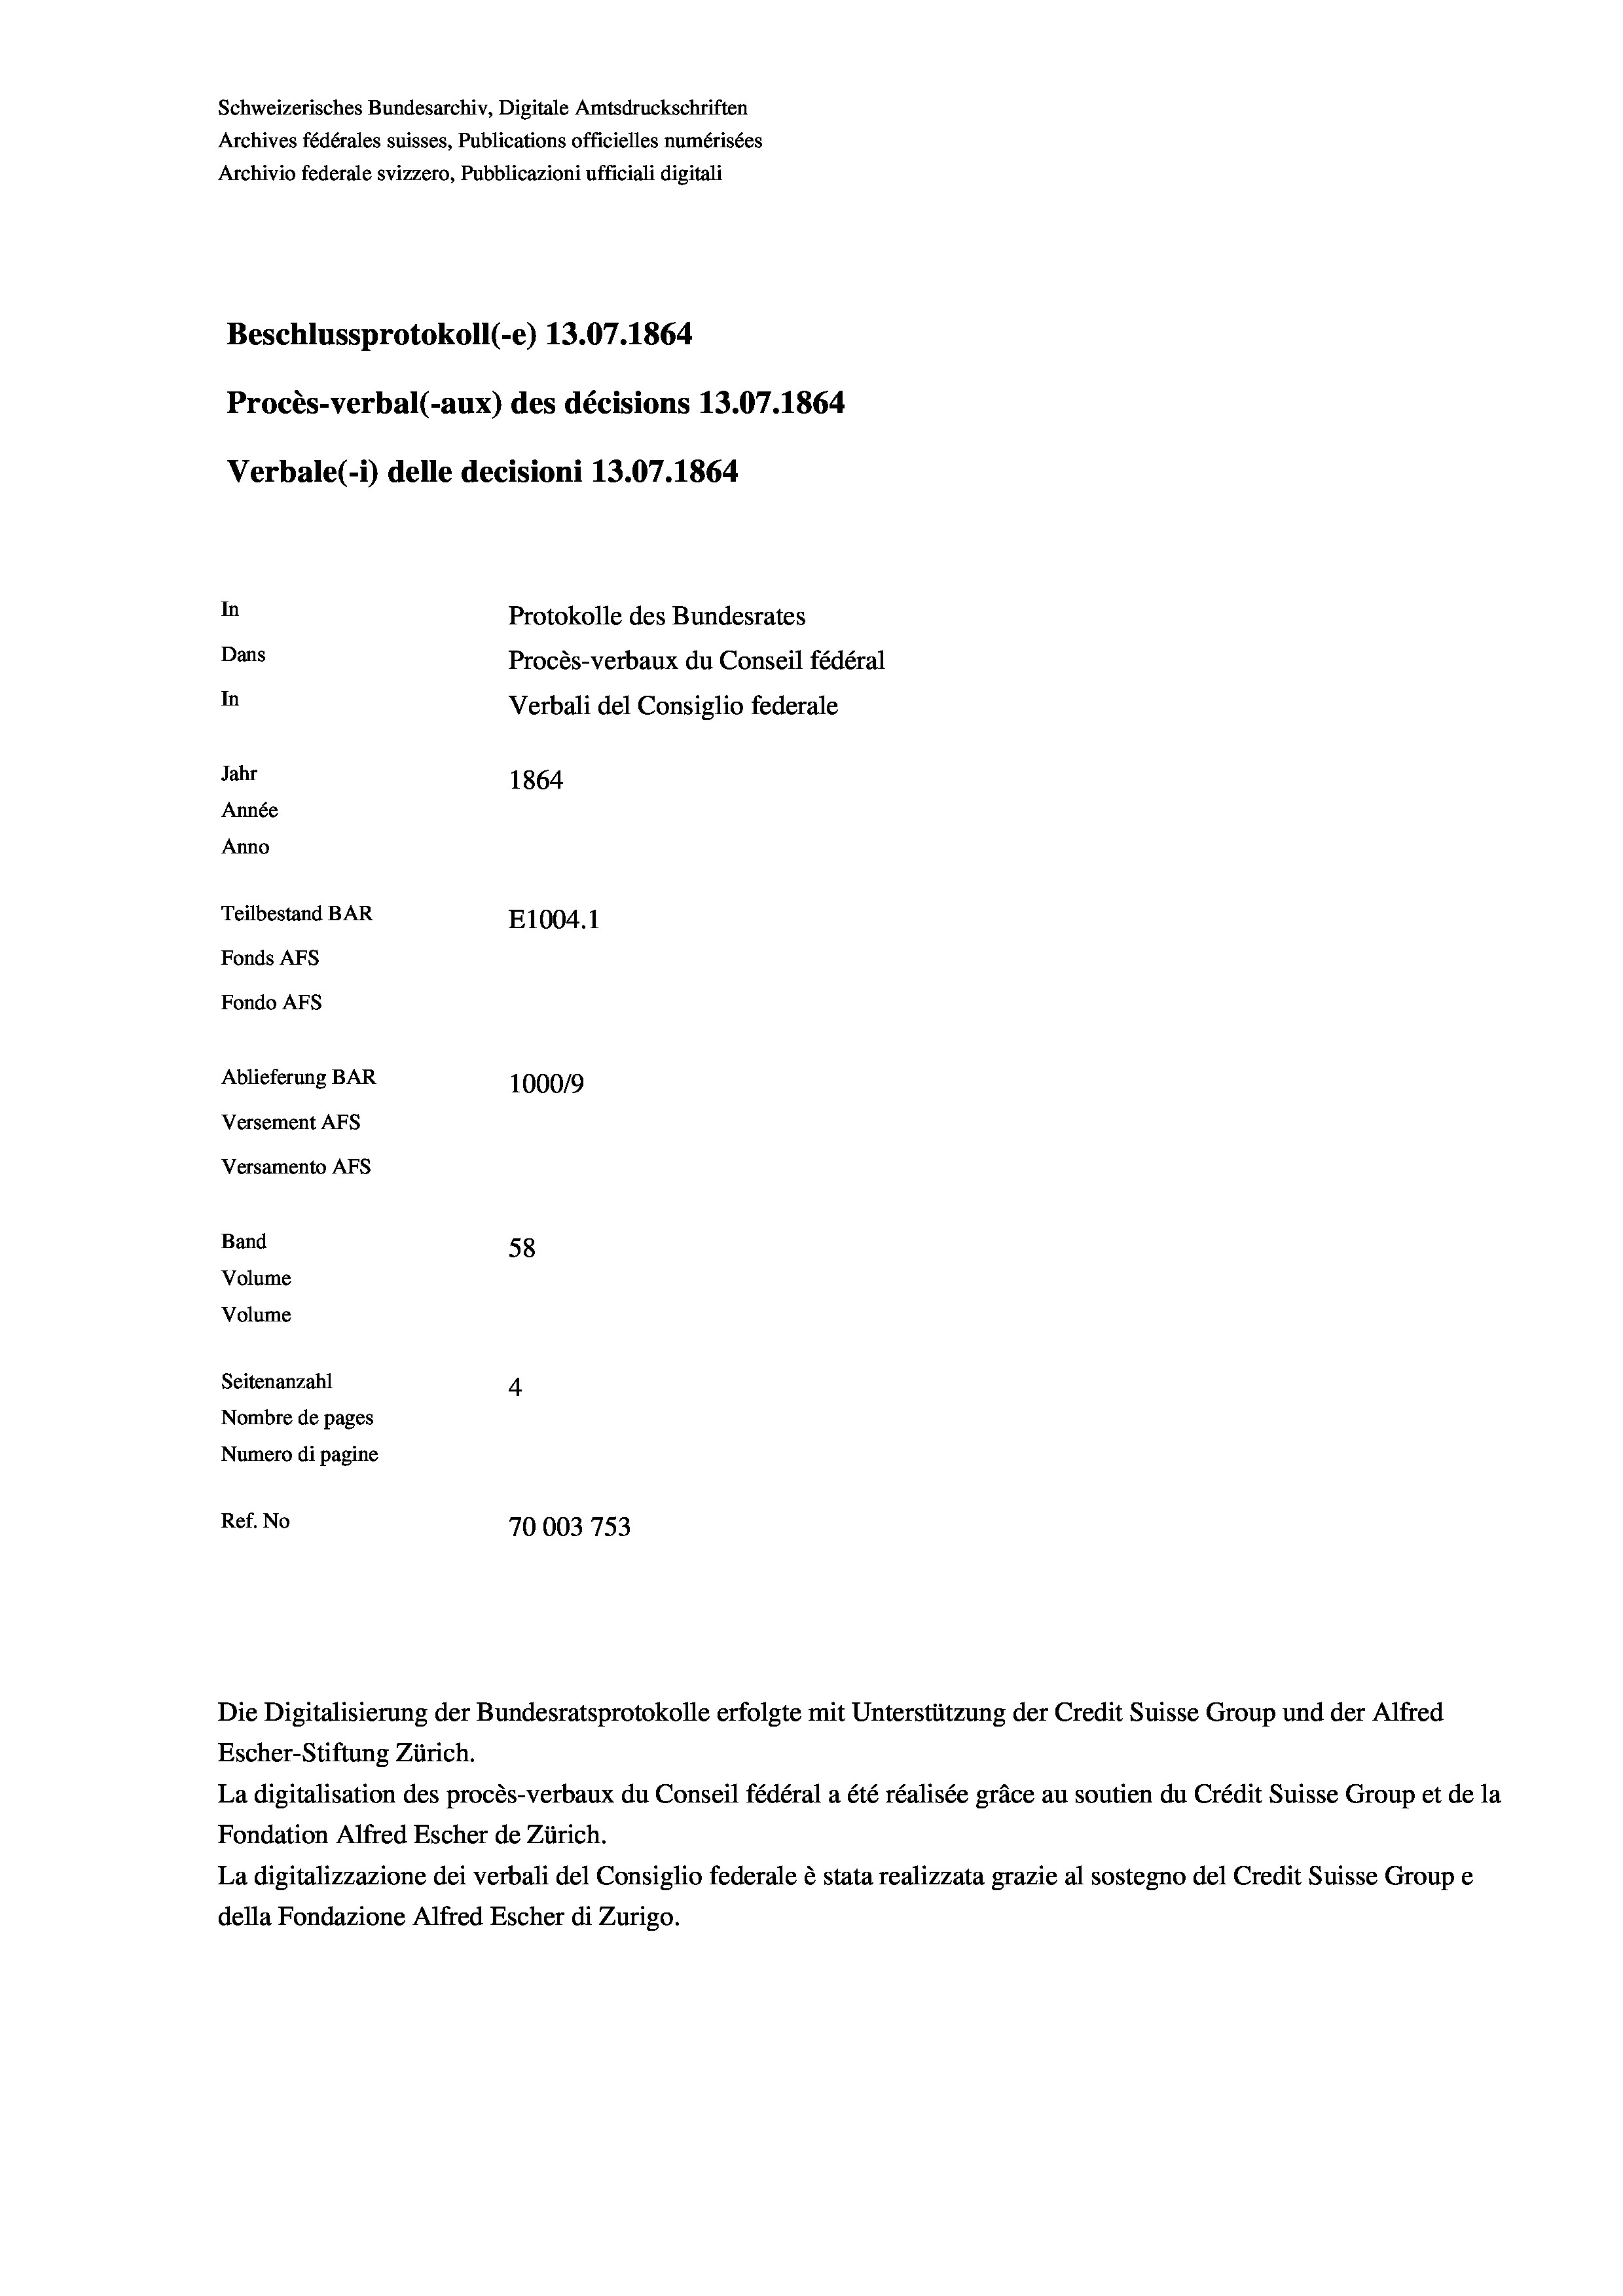
Schweizerisches Bundesarchiv, Digitale Amtsdruckschriften
Archives fédérales suisses, Publications officielles numérisées
Archivio federale svizzero, Pubblicazioni ufficiali digitali
Beschlussprotokoll (-e) 13.07. 1864
Procès-verbal (-aux) des décisions 13.07. 1864
Verbale (1) delle decisioni 13.07. 1864
In
Protokolle des Bundesrates
Dans
Procès-verbaux du Conseil fédéral
In
Verbali del Consiglio federale
Jahr
1864
Année
Anno
Teilbestand BAR
E1004. 1
Fonds Afs
Fondo AFs
Ablieferung BAR
100019
Versement AFs
Versamento AFs

58
Seitenanzahl
4
Nombre de pages
Numero di pagine
Ref. No
70003753

Band
Volume
Volume

Escher-Stiftung Zürich.
La digitalisation des procès-verbaux du Conseil fédéral a été réalisée gräce au soutien du Crédit Suisse Group et de la
Fondation Alfred Escher de Zürich.
La digitalizzazione dei verbali del Consiglio federale è stata realizzata grazie al sostegno del Credit Suisse Groupe
della Fondazione Alfred Escher di Zurigo.

Die Digitalisierung der Bundesratsprotokolle erfolgte mit Unterstützung der Credit Suisse Group und der Alfred